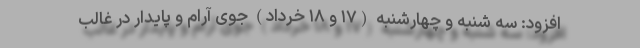
افزود: سه شنبه و چهارشنبه (۱۷ و ۱۸ خرداد) جوی آرام و پایدار در غالب